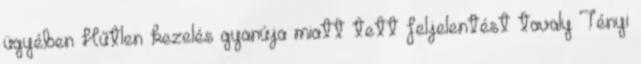
ügyében Hűtlen kezelés gyanúja miatt tett feljelentést tavaly Tényi